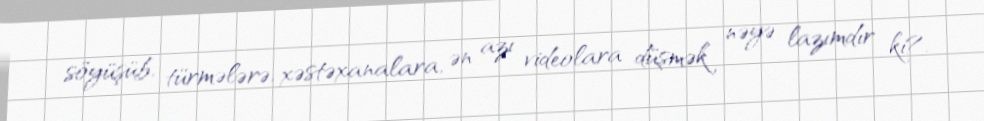
söyüşüb, türmələrə, xəstəxanalara, ən azı videolara düşmək nəyə lazımdır ki?.